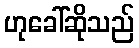
ဟုခေါ်ဆိုသည်